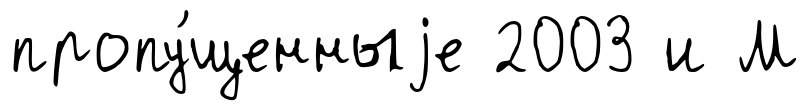
пропу́щенныjе 2003 и М